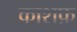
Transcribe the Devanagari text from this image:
काशफ़